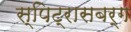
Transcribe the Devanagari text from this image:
स्पिट्रासबर्ग